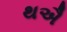
થઐ